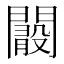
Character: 𨶞